Vabadussoja_Ajaloo_Komitee, lk 17
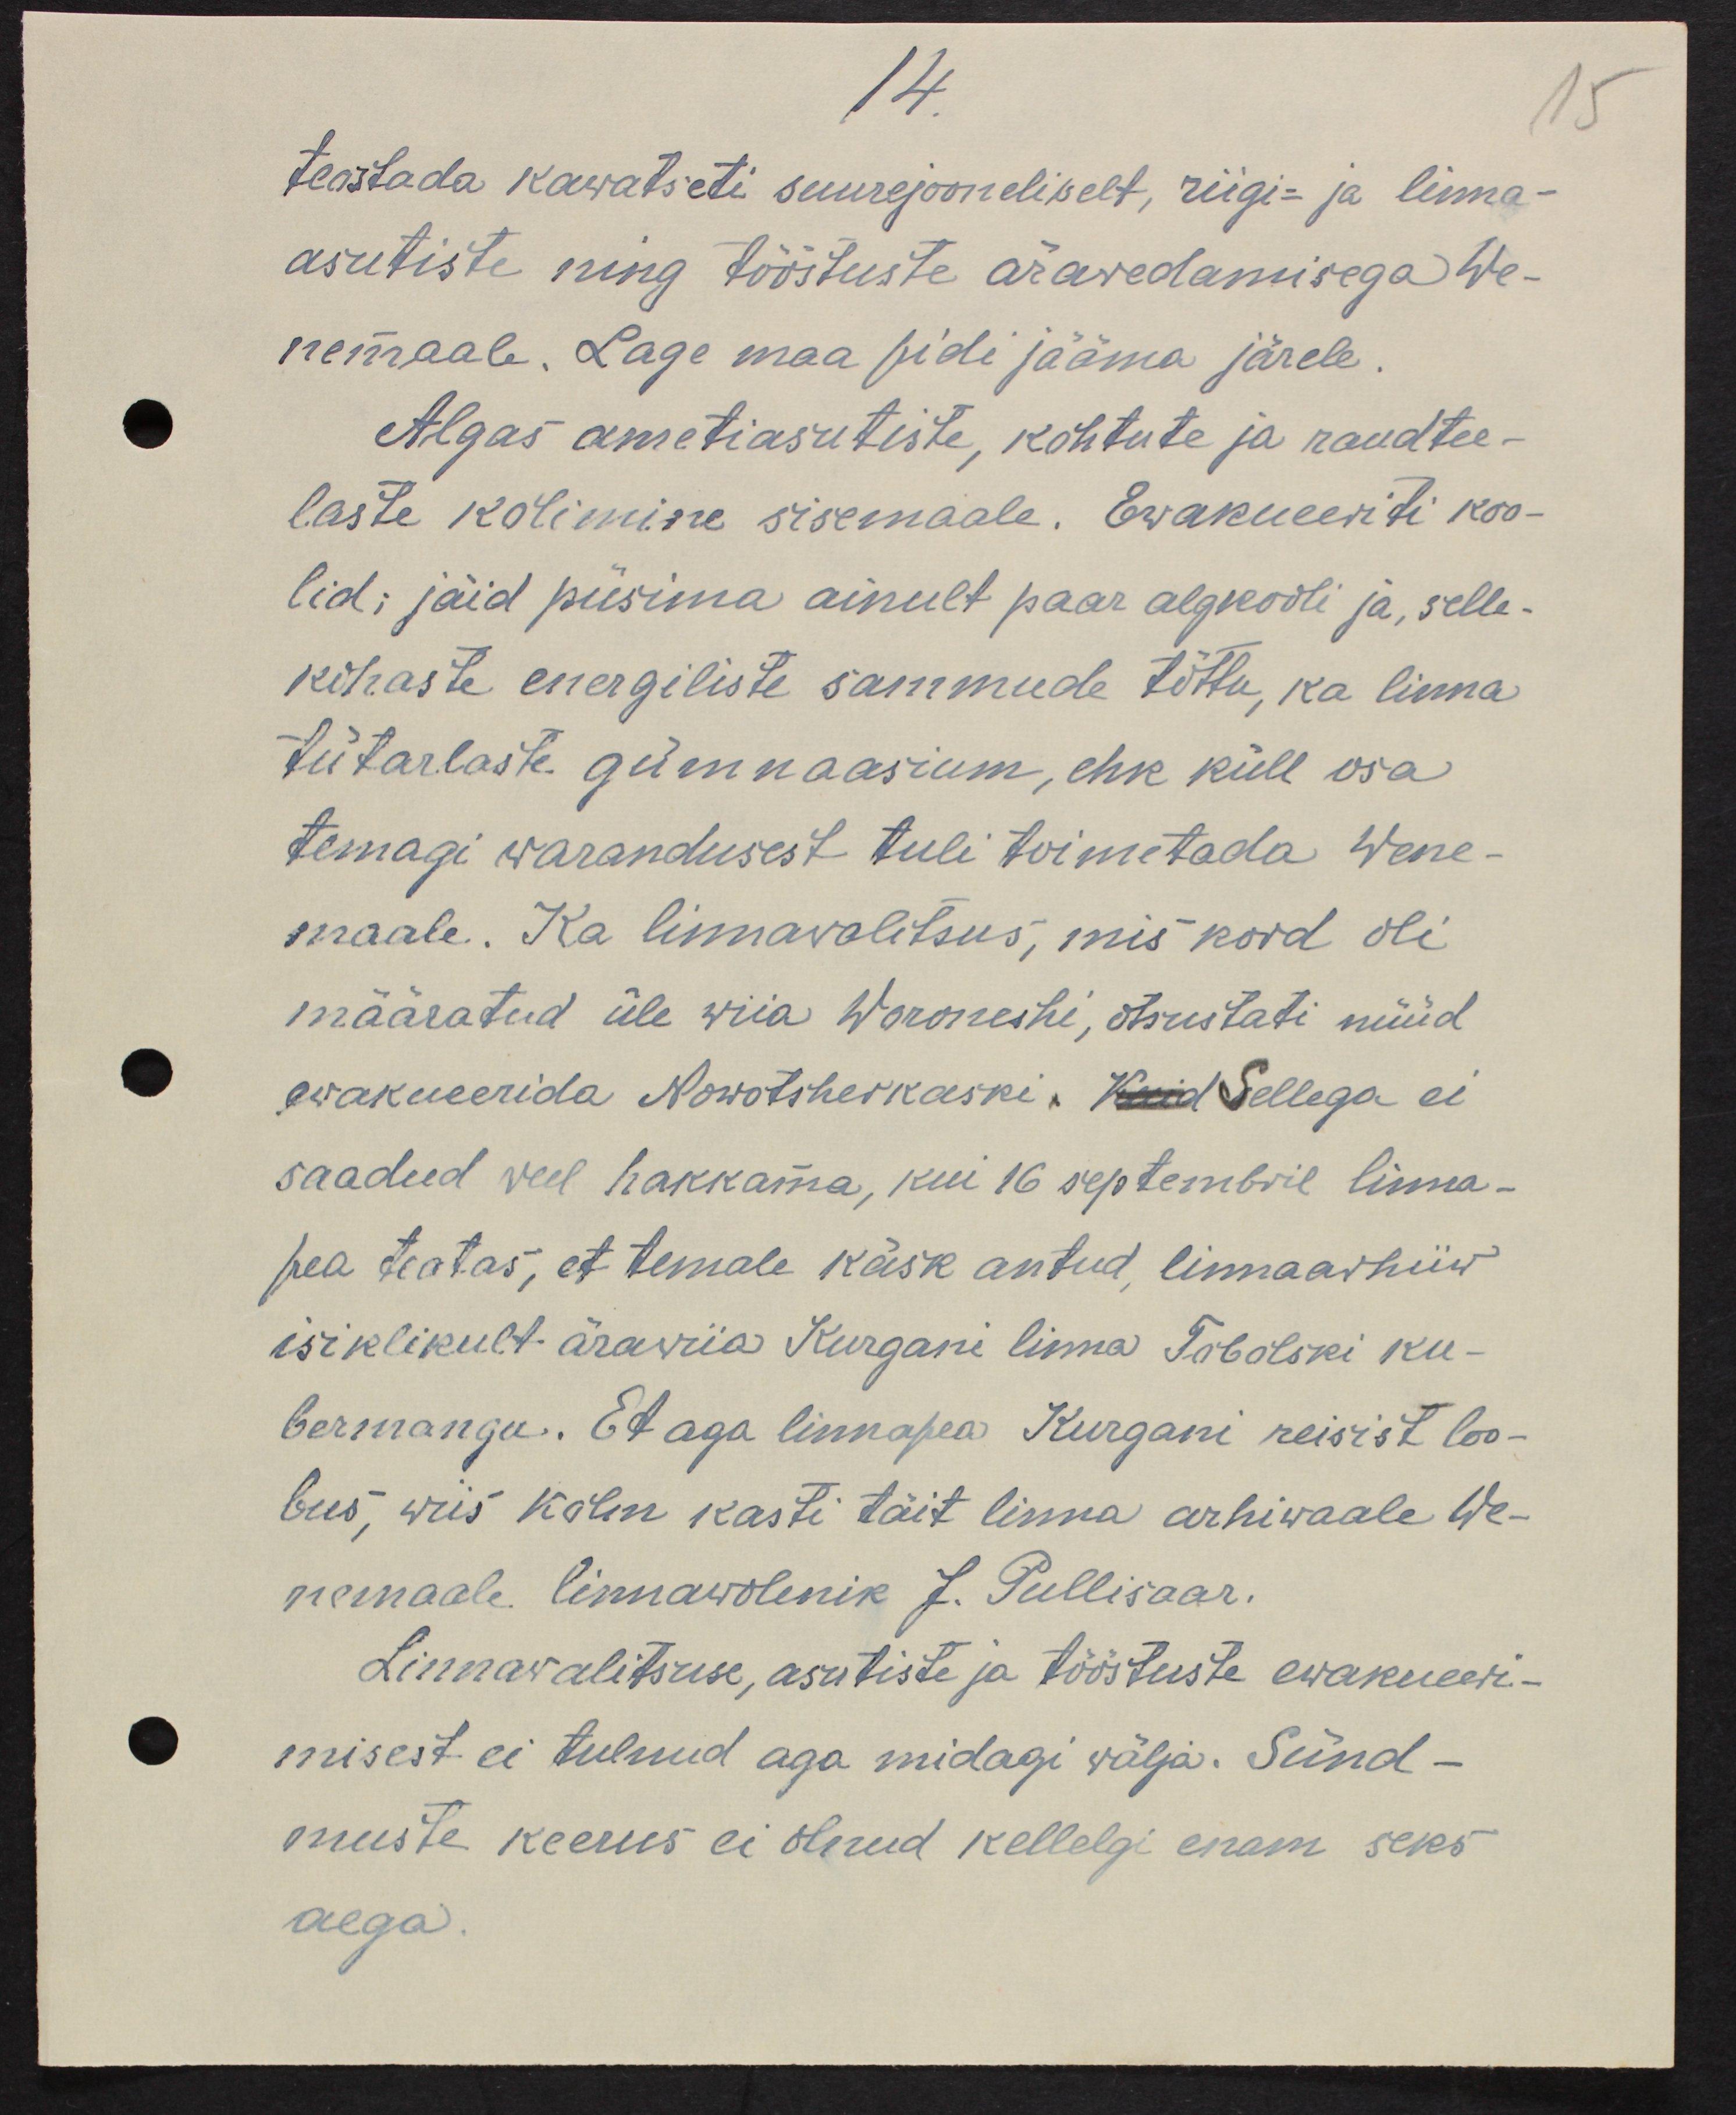
14.
teostada kawatseti suurejooneliselt, riigi- ja linna
asutiste ning tööstuste ärawedamisega We-
nemaale. Lage maa pidi jääma järele.
Algas ametiasutiste, kohtute ja raudtee-
laste kolimine sisemaale. Ewakueeriti koo-
lid; jäid püsima ainult paar algkooli ja selle-
kohaste energiliste sammude tõttu, ka linna
tütarlaste gümnaasium, ehk küll osa
temagi warandusest tuli toimetada Wene-
maale. Ka linnawalitsus, mis kord oli
määratud üle wiia Woroneshi, otsustati nüüd
evakueerida Nowotsherkaski. Kuid Sellega ei
saadud veel hakkama, kui 15 septembril linna
pea teatas, et temale käsk antud, linnaarhiiw
isiklikult ärawiia Kurgani linna Tobolski ku-
bermangu. Et aga linnapea Kurgani reisist loo-
bus, wiis kolm kasti täit linna arhiwaale We-
nemaale linnawolenik J. Pullisaar.
Linnawalitsuse, asutiste ja tööstuste ewakueeri-
misest ei tulnud aga midagi wälja. Sünd-
muste keerus ei olnud kellelgi enam seks
aega.